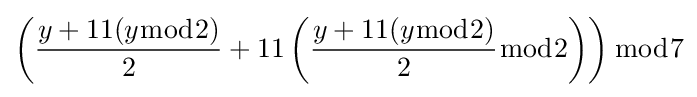
\left({\frac {y+11(y{\bmod {2}})}{2}}+11\left({\frac {y+11(y{\bmod {2}})}{2}}{\bmod {2}}\right)\right){\bmod {7}}